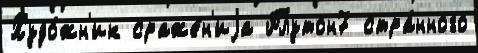
Худо́жн'ик сраже́н'иjа Плутон7 стра́нного